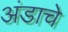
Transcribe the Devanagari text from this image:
अंडाचे